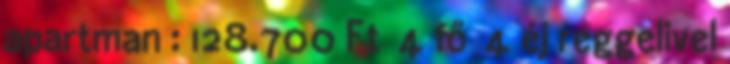
apartman : 128.700 Ft 4 fő 4 éj reggelivel